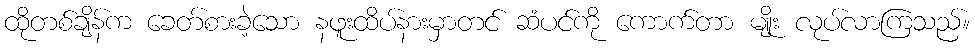
ထိုတစ်ချိန်က ခေတ်စားခဲ့သော နဖူးထိပ်နားမှာတင် ဆံပင်ကို ကောက်တာ မျိုး လုပ်လာကြသည်။